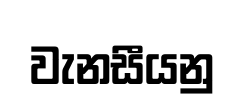
වැනසීයනු